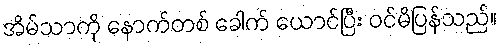
အိမ်သာကို နောက်တစ် ခေါက် ယောင်ပြီး ဝင်မိပြန်သည်။